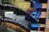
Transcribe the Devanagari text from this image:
टर्नी